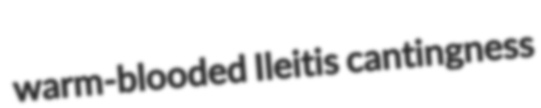
warm-blooded Ileitis cantingness